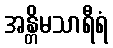
အန္တိမသာရီရံ